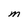
Character: M